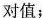
对值；